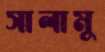
সালামু